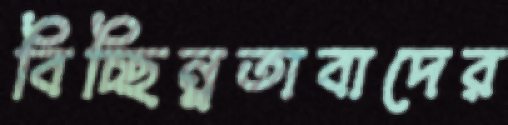
বিচ্ছিন্নতাবাদের